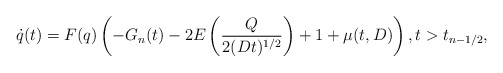
\begin{align*}\dot q(t)=F(q)\left(-G_n(t)- 2E\left(\dfrac{Q}{2(Dt)^{1/2}}\right)+1+\mu(t,D)\right),t>t_{n-1/2},\end{align*}